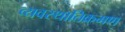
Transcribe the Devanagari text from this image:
व्यवस्थातिक्रमण